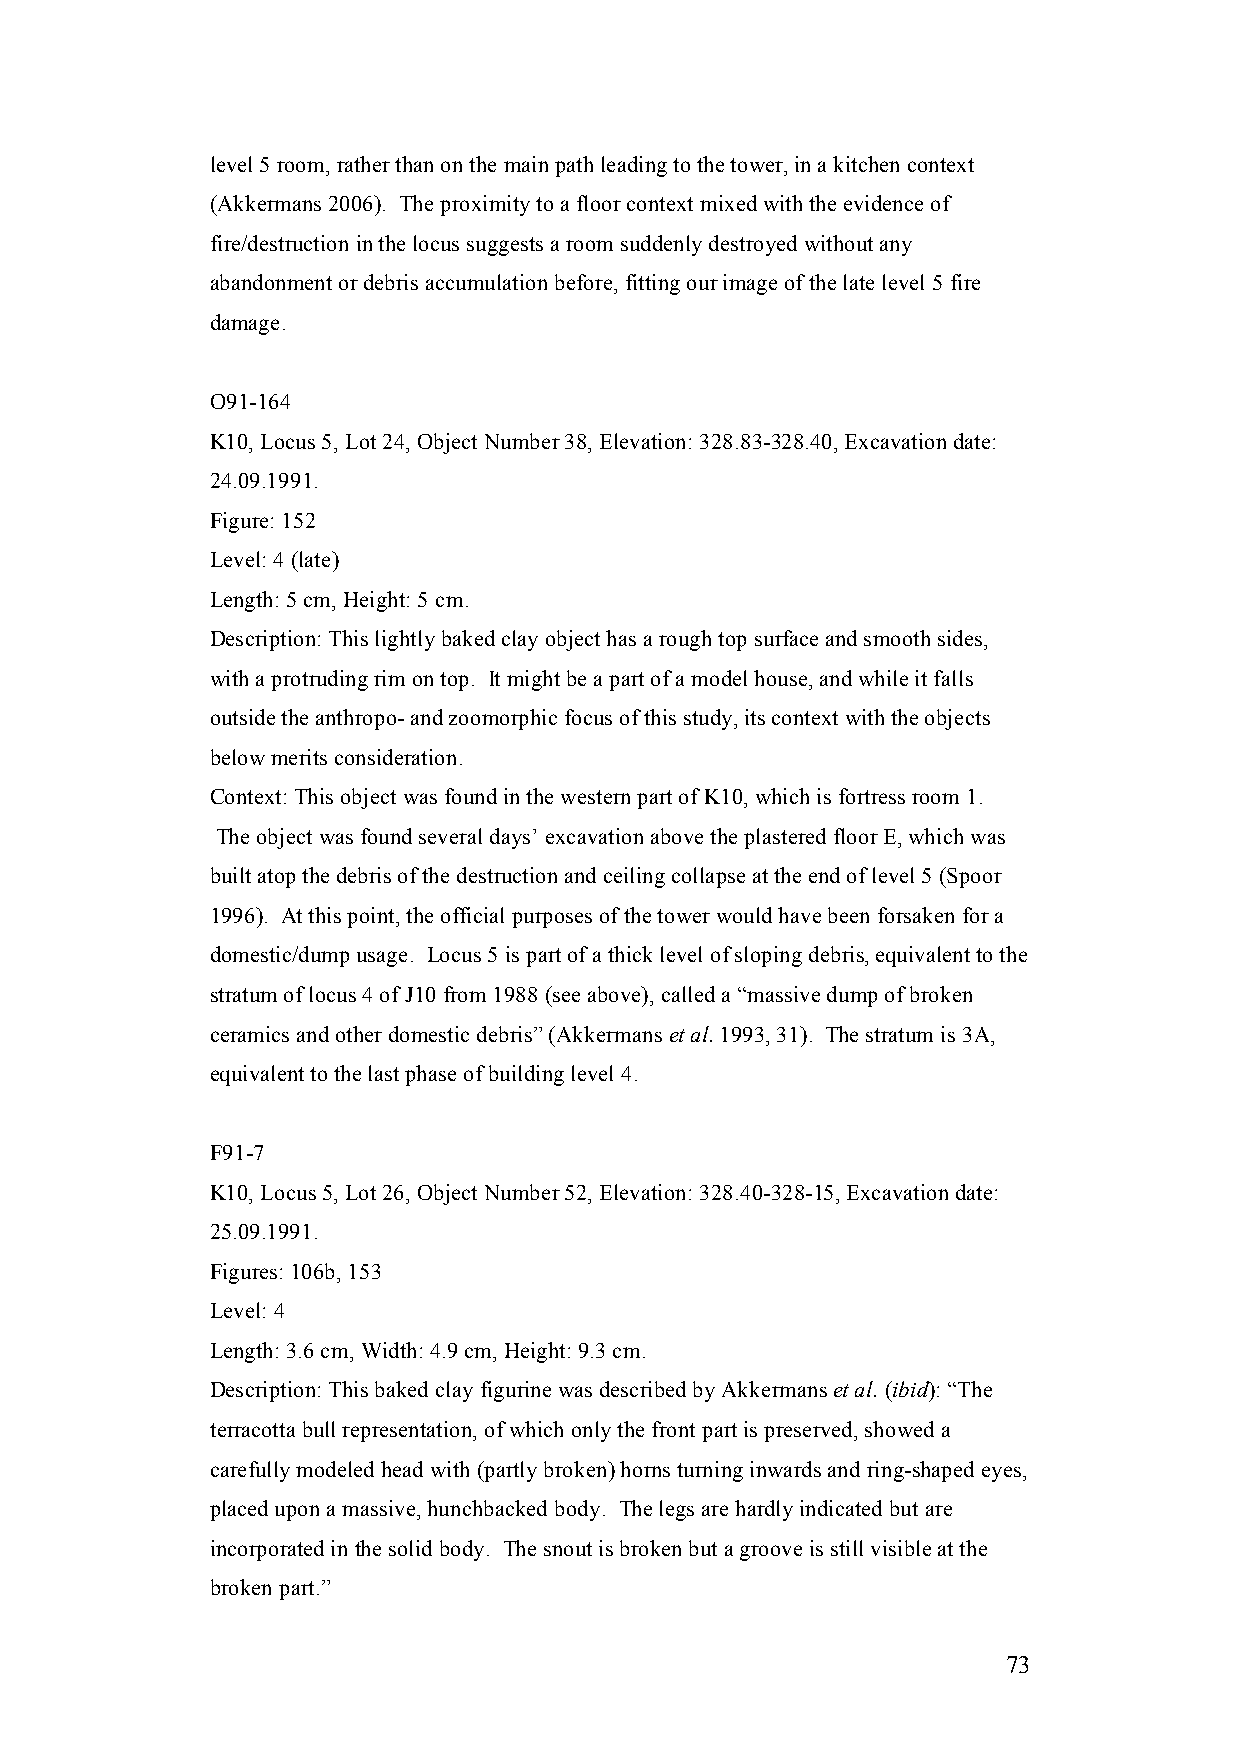
level 5 room, rather than on the main path leading to the tower, in a kitchen context
 (Akkermans 2006). The proximity to a floor context mixed with the evidence of
 fire/destruction in the locus suggests a room suddenly destroyed without any
 abandonment or debris accumulation before, fitting our image of the late level 5 fire
 damage.
 O91-164
 K10, Locus 5, Lot 24, Object Number 38, Elevation: 328.83-328.40, Excavation date:
 24.09.1991.
 Figure: 152
 Level: 4 (late)
 Length: 5 cm, Height: 5 cm.
 Description: This lightly baked clay object has a rough top surface and smooth sides,
 with a protruding rim on top. It might be a part of a model house, and while it falls
 outside the anthropo- and zoomorphic focus of this study, its context with the objects
 below merits consideration.
 Context: This object was found in the western part of K10, which is fortress room 1.
 The object was found several days’ excavation above the plastered floor E, which was
 built atop the debris of the destruction and ceiling collapse at the end of level 5 (Spoor
 1996). At this point, the official purposes of the tower would have been forsaken for a
 domestic/dump usage. Locus 5 is part of a thick level of sloping debris, equivalent to the
 stratum of locus 4 of J10 from 1988 (see above), called a “massive dump of broken
 ceramics and other domestic debris” (Akkermans et al. 1993, 31). The stratum is 3A,
 equivalent to the last phase of building level 4.
 F91-7
 K10, Locus 5, Lot 26, Object Number 52, Elevation: 328.40-328-15, Excavation date:
 25.09.1991.
 Figures: 106b, 153
 Level: 4
 Length: 3.6 cm, Width: 4.9 cm, Height: 9.3 cm.
 Description: This baked clay figurine was described by Akkermans et al. (ibid): “The
 terracotta bull representation, of which only the front part is preserved, showed a
 carefully modeled head with (partly broken) horns turning inwards and ring-shaped eyes,
 placed upon a massive, hunchbacked body. The legs are hardly indicated but are
 incorporated in the solid body. The snout is broken but a groove is still visible at the
 broken part.”
 73